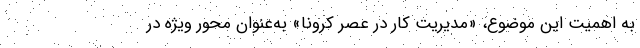
به اهمیت این موضوع، «مدیریت کار در عصر کرونا» به‌عنوان محور ویژه در